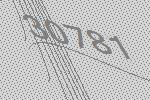
30781